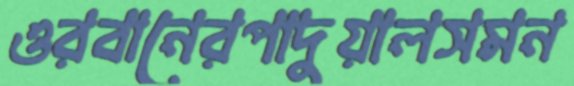
ওরবানেরপাদুয়ালসমন